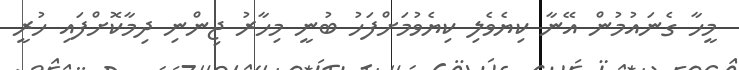
މީހާ ގެނައުމުން އޭނާ ކިޔެވެލި ކިޔެވުމަށްފަހު ބުނީ މިހާރު ޖިންނި ދިމާކޮށްފައި ހުރީ